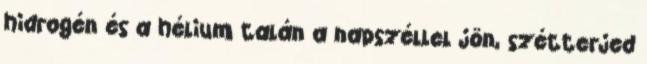
hidrogén és a hélium talán a napszéllel jön, szétterjed